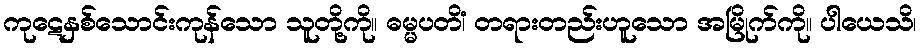
ကုဋေနှစ်သောင်းကုန်သော သူတို့ကို။ ဓမ္မပတိံ၊ တရားတည်းဟူသော အမြိုက်ကို။ ပါယေသိ၊